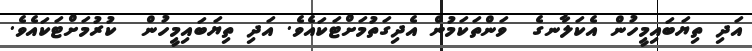
އަދި ތިޔަބައިމީހުން އެކަލާނގެ  ވަންތަކަމުން އެދިގަތުމަށްޓަކައެވެ. އަދި ތިޔަބައިމީހުން  ކުރުމަށްޓަކައެވެ.